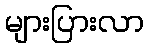
များပြားလာ